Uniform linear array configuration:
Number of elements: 48
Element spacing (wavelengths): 0.25
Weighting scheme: hamming
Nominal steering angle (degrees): -60
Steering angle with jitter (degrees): -61.328
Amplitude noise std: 0.05
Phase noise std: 0.05

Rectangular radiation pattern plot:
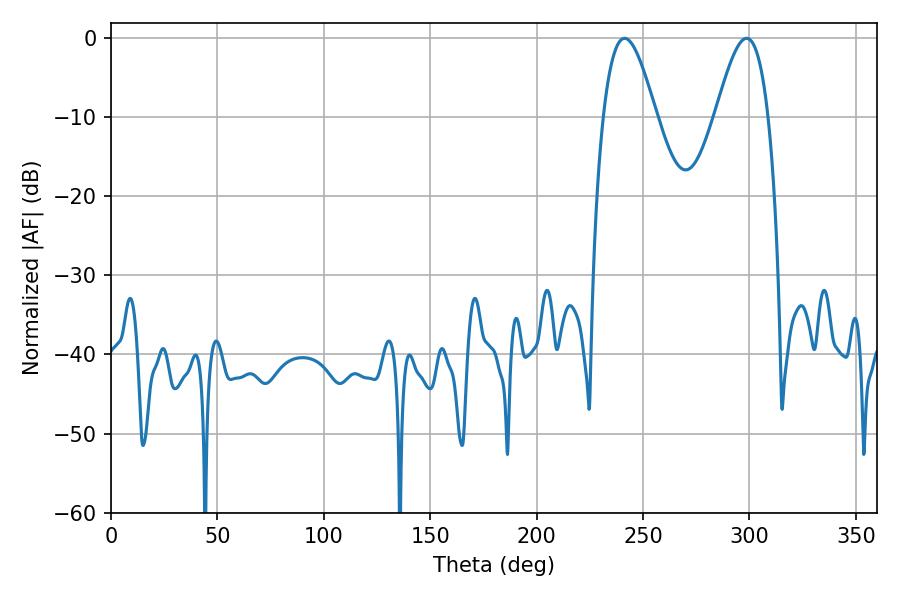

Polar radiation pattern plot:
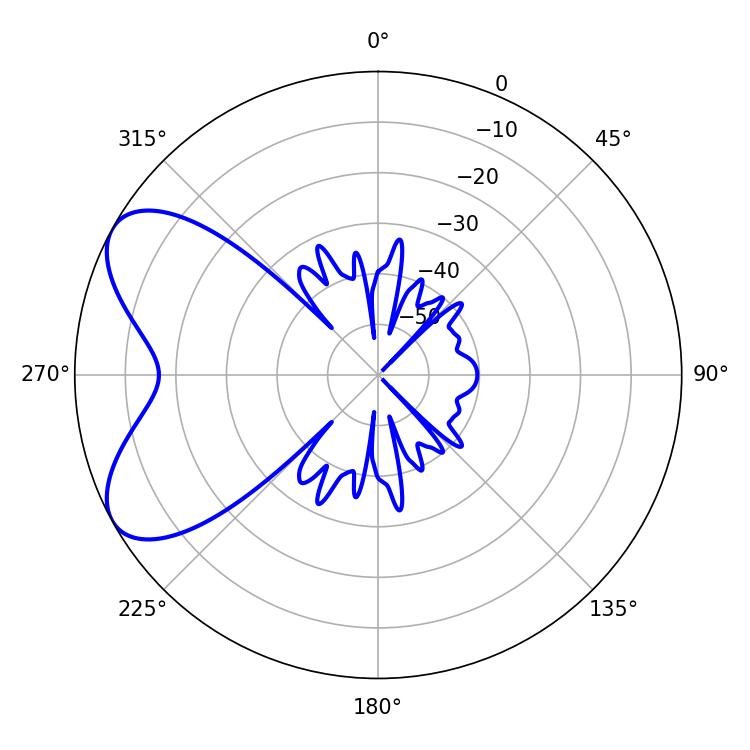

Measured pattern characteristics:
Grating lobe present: FALSE
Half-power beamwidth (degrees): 13.32
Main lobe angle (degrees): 241.38